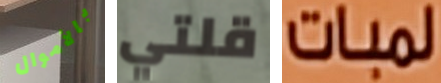
بالأموال قلتي لمبات